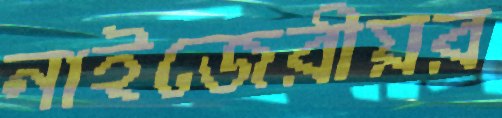
নাইজেরীয়র